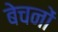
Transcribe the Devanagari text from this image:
बेचनों